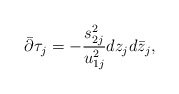
\begin{align*}\bar\partial\tau_j = -\frac{s_{2j}^2}{u_{1j}^2}dz_jd\bar z_j,\end{align*}